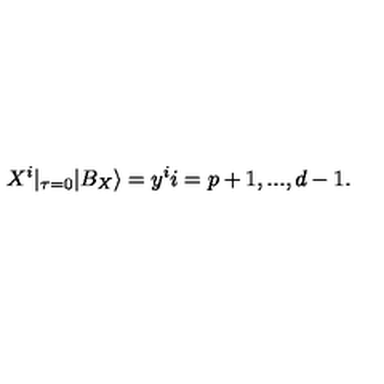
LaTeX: X ^ { i } | _ { \tau = 0 } | B _ { X } \rangle = y ^ { i } i = p + 1 , . . . , d - 1 .